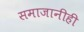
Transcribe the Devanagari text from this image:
समाजानीही